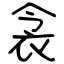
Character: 衾